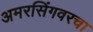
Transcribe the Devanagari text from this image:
अमरसिंगवरचा